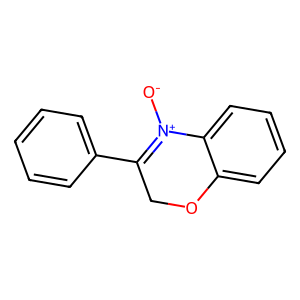
SMILES: [O-][N+]1=C(c2ccccc2)COc2ccccc21
Inhibits HIV replication: No